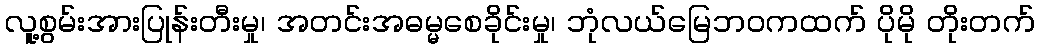
လူ့စွမ်းအားပြုန်းတီးမှု၊ အတင်းအဓမ္မစေခိုင်းမှု၊ ဘုံလယ်မြေဘဝကထက် ပိုမို တိုးတက်